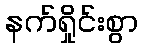
နက်ရှိုင်းစွာ